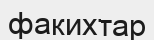
факихтар